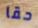
حقا